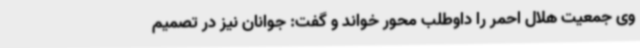
وی جمعیت هلال احمر را داوطلب محور خواند و گفت: جوانان نیز در تصمیم